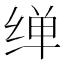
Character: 𦈎